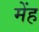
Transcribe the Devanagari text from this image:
मेंह